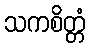
သကစိတ္တံ